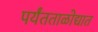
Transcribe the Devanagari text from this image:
पर्यंतताळोद्यात